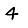
Digit: 4